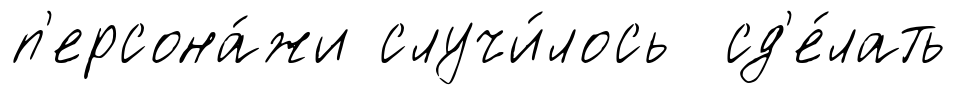
п'ерсона́жи случи́лось сд'е́лать